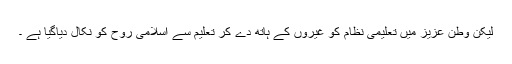
لیکن وطن عزیز میں تعلیمی نظام کو غیروں کے ہاتھ دے کر تعلیم سے اسلامی روح کو نکال دیاگیا ہے ۔